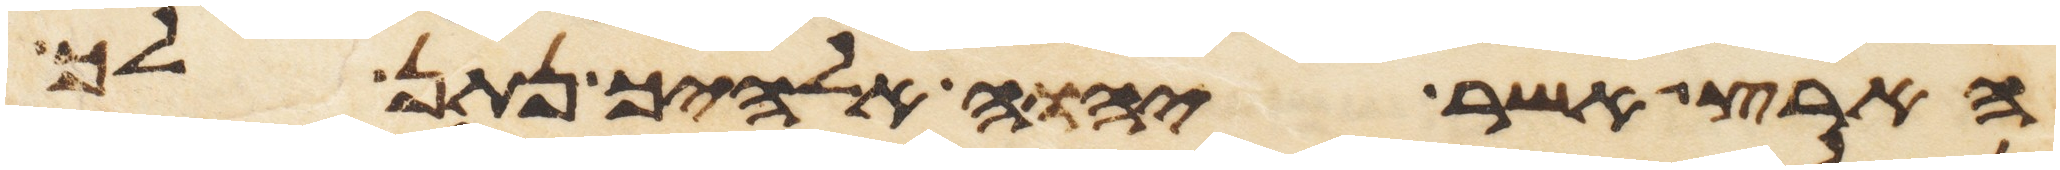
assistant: הארץ אשר יהוה אלהיך נתן לך